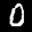
Label: 0